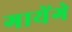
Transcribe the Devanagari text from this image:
गायेंगे